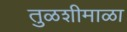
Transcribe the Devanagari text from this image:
तुळशीमाळा